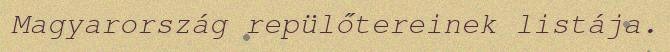
Magyarország repülőtereinek listája.